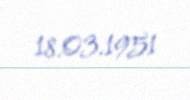
18.03.1951